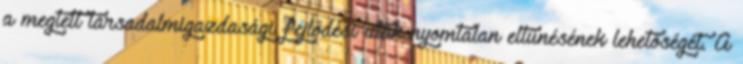
a megtett társadalmigazdasági fejlődési utak nyomtalan eltűnésének lehetőségét. A